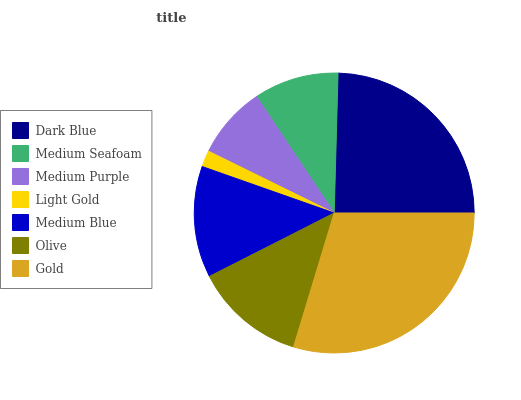
| Dark Blue | Medium Seafoam | Medium Purple | Light Gold | Medium Blue | Olive | Gold |
 | --- | --- | --- | --- | --- | --- | --- |
 | 24.5% | 9.77% | 8.39% | 1.89% | 12.9% | 12.8% | 29.8% |